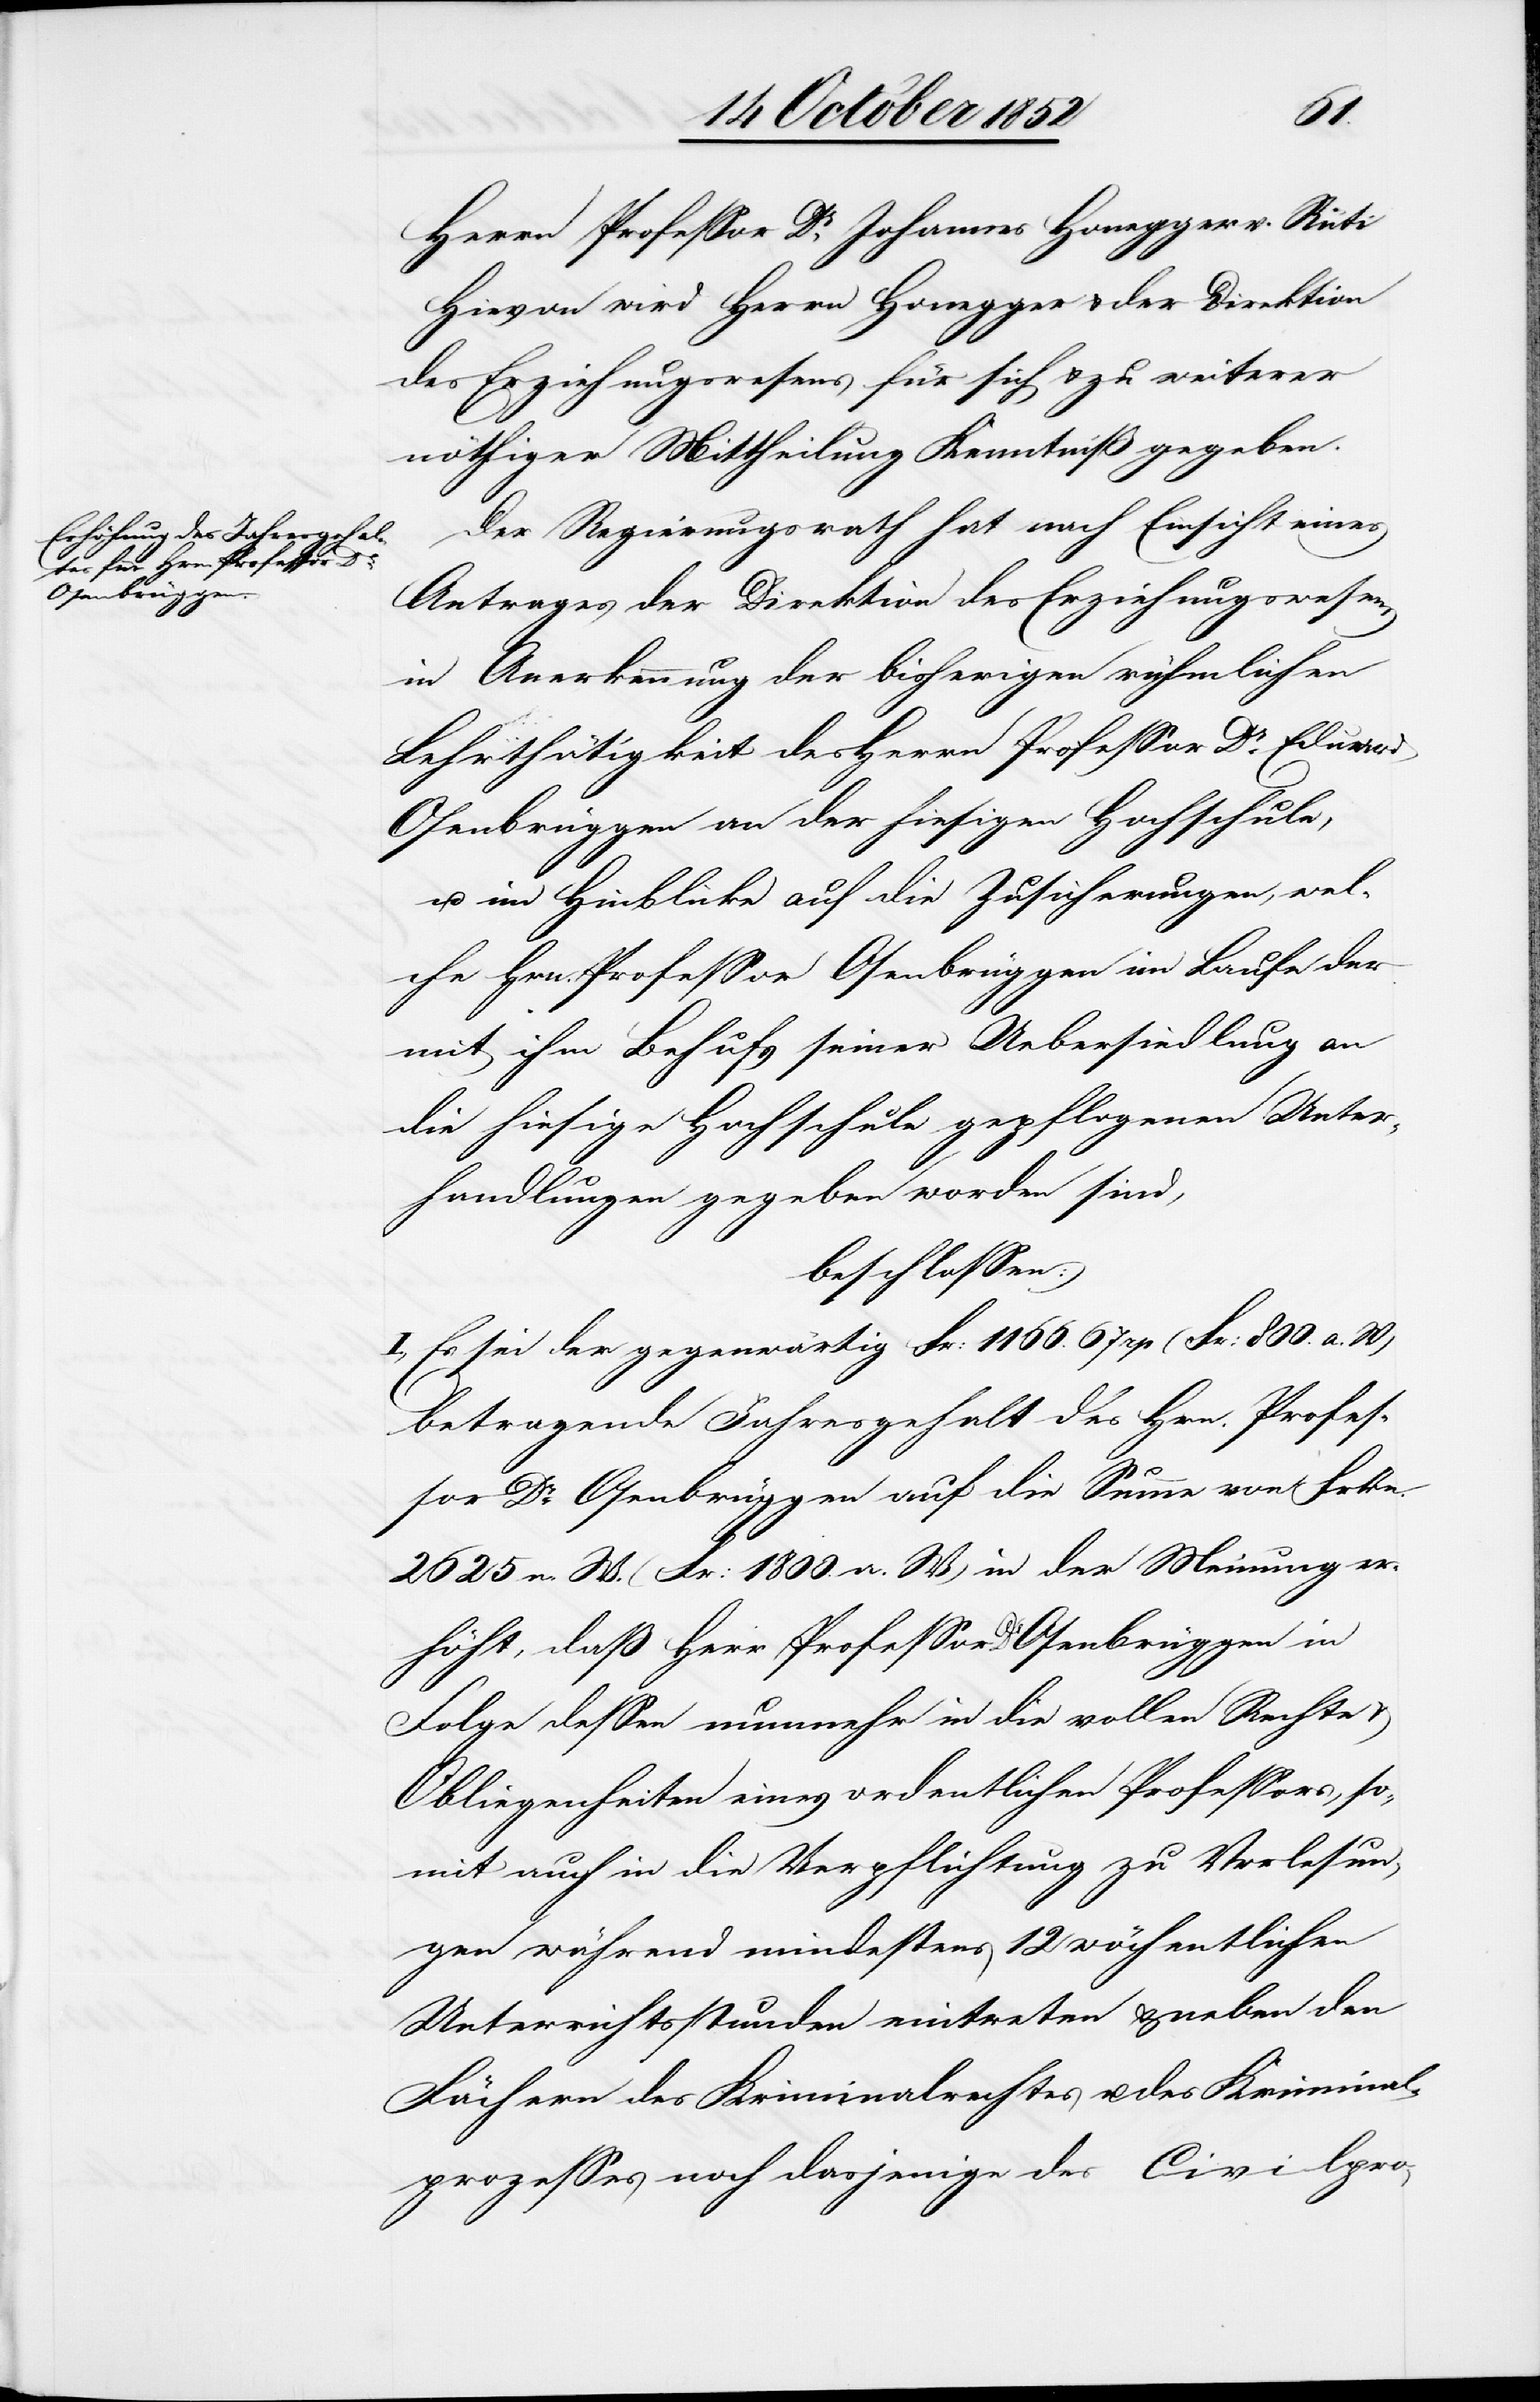
Herrn Professor Dr. Johannes Honegger v. Rüti
Hievon wird Herrn Honegger & der Direktion
des Erziehungswesens für sich & zu weiterer
nöthiger Mittheilung Kenntniß gegeben.
Der Regierungsrath hat nach Einsicht eines
Antrages der Direktion des Erziehungswesens
in Anerkennung der bisherigen rühmlichen
Lehrthätigkeit des Herrn Professor Dr. Eduard
Osenbrüggen an der hiesigen Hochschule,
u. im Hinblicke auf die Zusicherungen, wel¬
che Hrn. Professor Osenbrüggen im Laufe der
mit ihm Behufs seiner Uebersiedlung an
die hiesige Hochschule gepflogenen Unter¬
handlungen gegeben worden sind,
beschlossen:
I., Es sei der gegenwärtig Fr: 1166. 67 rp (Fr: 800. a. W)
betragende Jahresgehalt des Hrn. Profes¬
sor Dr. Osenbrüggen auf die Summe von Frkn.
2625 n. W. (Fr: 1800. a. W) in der Meinung er¬
höht, daß Herr Professor Dr Osenbrüggen in
Folge dessen nunmehr in die vollen Rechte &
Obliegenheiten eines ordentlichen Professors, so¬
mit auch in die Verpflichtung zu Vorlesun¬
gen während mindestens 12 wöchentlichen
Unterrichtsstunden eintreten & neben den
Fächern des Kriminalrechtes u. des Kriminal¬
prozesses noch dasjenige des Civilpro-